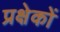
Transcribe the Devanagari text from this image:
प्रक्षेकों